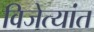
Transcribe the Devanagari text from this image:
विजेत्यांत